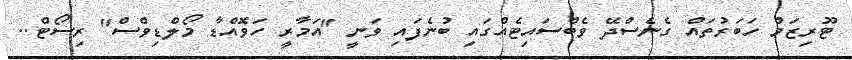
ޓޫރިޒަމް ހަބަރުތައް ގެނެސްދޭ ވެބްސައިޓެއްގައި ބުނެފައި ވަނީ "އަމާރީ ހަވޮއްޑާ މޯލްޑިވްސް" ރިސޯޓް..